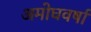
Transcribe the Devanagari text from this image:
अमोघवर्षा